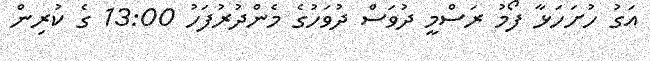
އަގު ހުށަހަޅާ ފޯމު ރަސްމީ ދުވަސް ދުވަހުގެ މެންދުރުފަހު 13:00 ގެ ކުރިން